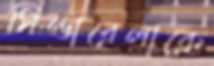
সিন্ডারেলাকে